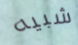
شبيه